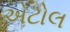
એટોલ